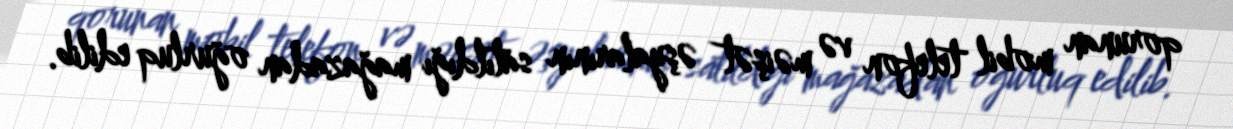
qorunan mobil telefon və məişət əşyalarının satıldığı mağazadan oğurluq edilib.